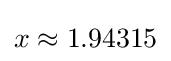
x\approx 1.94315